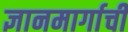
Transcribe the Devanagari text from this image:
ज्ञानमार्गाची